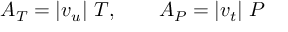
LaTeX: A _ { T } = | v _ { u } | \ T , \qquad A _ { P } = | v _ { t } | \ P